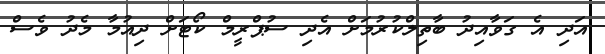
އަދި އެ ގަވާއިދު ބާތިލްކުރުމަށް އެދި ސުޕްރީމް ކޯޓަށް ދިއުމާ މެދު ވެސް